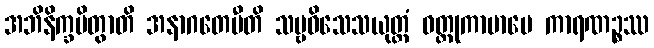
အဘိနိက္ခမိတွာတိ အနာဂတေပီတိ သဗ္ဗဝိသေသယုတ္တံ ဝတ္ထုကာမာပေ ကာရဏဉ္စဿ